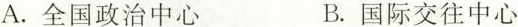
A.全国政治中心 B.国际交往中心